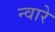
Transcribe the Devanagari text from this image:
न्वारे